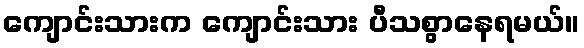
ကျောင်းသားက ကျောင်းသား ပီသစွာနေရမယ်။